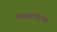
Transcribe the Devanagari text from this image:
भागवततत्व